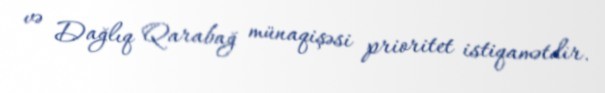
və Dağlıq Qarabağ münaqişəsi prioritet istiqamətdir.